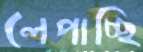
লেপাচ্ছি